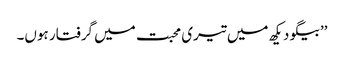
’’بیگو دیکھ میں تیری محبت میں گرفتار ہوں۔